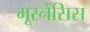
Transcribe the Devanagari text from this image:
मूरनेंसिस